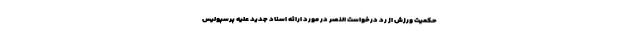
حکمیت ورزش از رد درخواست النصر در مورد ارائه اسناد جدید علیه پرسپولیس